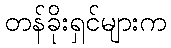
တန်ခိုးရှင်များက